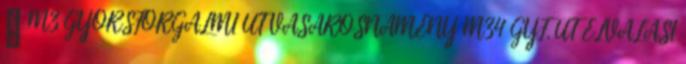
↑ M3 GYORSFORGALMI ÚT VÁSÁROSNAMÉNY M34 GYF. ÚT ELVÁLÁSI